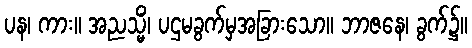
ပန၊ ကား။ အညသ္မိံ၊ ပဌမခွက်မှအခြားသော။ ဘာဇနေ၊ ခွက်၌။